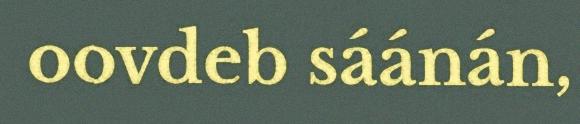
oovdeb sáánán,